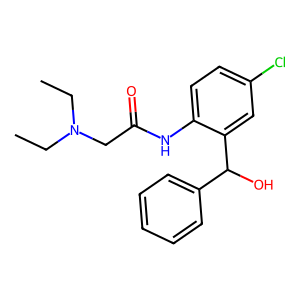
SMILES: CCN(CC)CC(=O)Nc1ccc(Cl)cc1C(O)c1ccccc1
Inhibits HIV replication: No